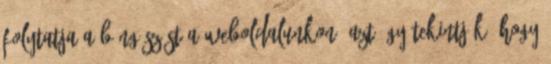
folytatja a böngészést a weboldalunkon, azt úgy tekintjük, hogy